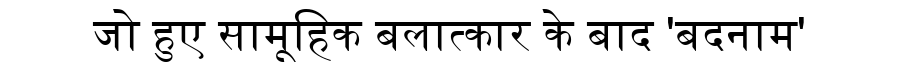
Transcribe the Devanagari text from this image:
जो हुए सामूहिक बलात्कार के बाद 'बदनाम'